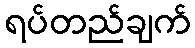
ရပ်တည်ချက်